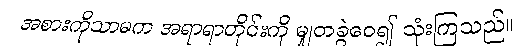
အစားကိုသာမက အရာရာတိုင်းကို မျှတခွဲဝေ၍ သုံးကြသည်။